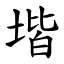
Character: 堦